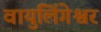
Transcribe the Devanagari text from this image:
वायुलिंगेश्वर